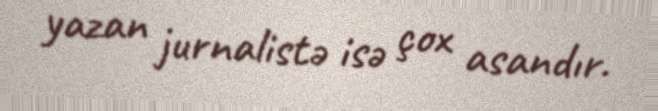
yazan jurnalistə isə çox asandır.